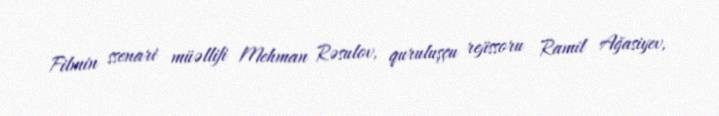
Filmin ssenari müəllifi Mehman Rəsulov, quruluşçu rejissoru Ramil Ağasiyev,